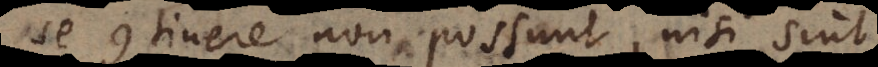
se continere non possunt, nisi sint